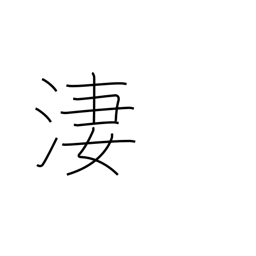
Meaning: bitter cold